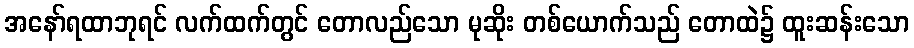
အနော်ရထာဘုရင် လက်ထက်တွင် တောလည်သော မုဆိုး တစ်ယောက်သည် တောထဲ၌ ထူးဆန်းသော